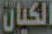
الكيان